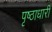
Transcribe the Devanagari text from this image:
पृष्ठाधारी